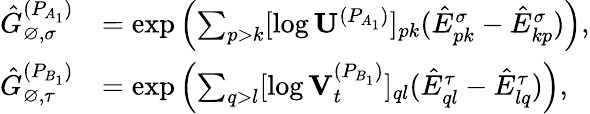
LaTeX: \begin{array}{rl}{\hat{G}_{\varnothing,\sigma}^{(P_{A_{1}})}}&{=\exp\left(\sum_{p>k}[\log\mathbf{U}^{(P_{A_{1}})}]_{pk}(\hat{E}_{pk}^{\sigma}-\hat{E}_{kp}^{\sigma})\right),}\\ {\hat{G}_{\varnothing,\tau}^{(P_{B_{1}})}}&{=\exp\left(\sum_{q>l}[\log\mathbf{V}_{t}^{(P_{B_{1}})}]_{ql}(\hat{E}_{ql}^{\tau}-\hat{E}_{lq}^{\tau})\right),}\end{array}